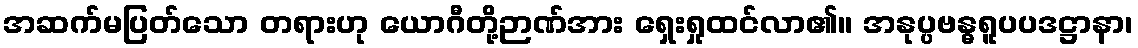
အဆက်မပြတ်သော တရားဟု ယောဂီတို့ဉာဏ်အား ရှေးရှုထင်လာ၏။ အနုပ္ပဗန္ဓရူပပဒဋ္ဌာနာ၊